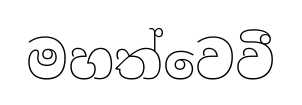
මහත්වෙවී